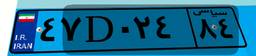
۴۷D۰۲۴۸۴